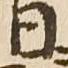
日